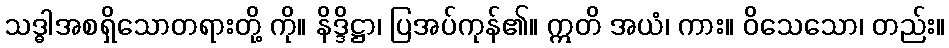
သဒ္ဓါအစရှိသောတရားတို့ ကို။ နိဒ္ဒိဋ္ဌာ၊ ပြအပ်ကုန်၏။ ဣတိ အယံ၊ ကား။ ဝိသေသော၊ တည်း။